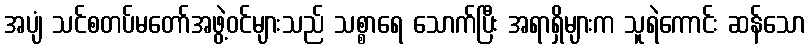
အပျံ သင်စတပ်မတော်အဖွဲ့ဝင်များသည် သစ္စာရေ သောက်ပြီး အရာရှိများက သူရဲကောင်း ဆန်သော